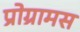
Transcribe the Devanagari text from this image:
प्रोग्रामस